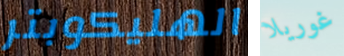
الهليكوبتر غوريلا